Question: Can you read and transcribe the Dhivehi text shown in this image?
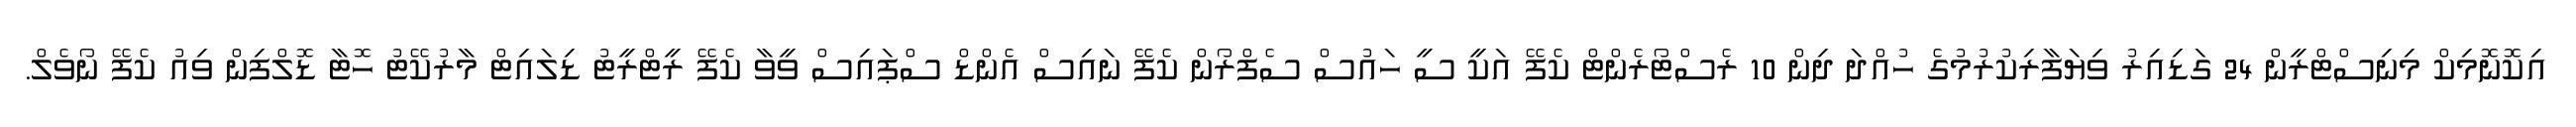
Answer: އިކޮނޮމިކް މިނިސްޓްރީން 24 ގަޑިއިރު ވިޔަފާރިކުރުމުގެ ހުއްދަ ދިން 10 ރެސްޓޯރެންޓް ކެފޭ އަކީ ސީ ހައުސް ސެފްރޯން ކެފޭ ނައިސް އެންޑް ސްޕައިސް ވީވާ ކެފޭ ރީޓްރީޓު ޑިލައިޓް މާރުކޭޓު ހޮޓާ ޑޮލްފިން ވިއު ކެފޭ ނޯވެލް.